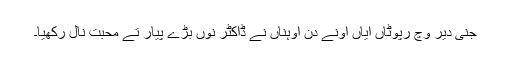
جنی دیر وچ رپوٹاں آیاں اونے دن اوہناں نے ڈاکٹر نوں بڑے پیار تے محبت نال رکھیا۔